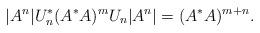
LaTeX: \begin{align*} |A^{n}|U_n^*(A^*A)^mU_n |A^{n}|=(A^*A)^{m+n}. \end{align*}